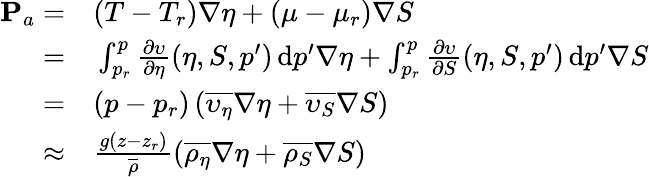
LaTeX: \begin{array}{rl}{{\mathbf P}_{a}=}&{{}(T-T_{r})\nabla\eta+(\mu-\mu_{r})\nabla S}\\ {=}&{{}\int_{p_{r}}^{p}\frac{\partial\upsilon}{\partial\eta}(\eta,S,p^{\prime})\, \mathrm{d}p^{\prime}\nabla\eta+\int_{p_{r}}^{p}\frac{\partial\upsilon}{\partial S}(\eta,S,p^{\prime})\, \mathrm{d}p^{\prime}\nabla S}\\ {=}&{{}(p-p_{r})\left(\overline{{\upsilon_{\eta}}}\nabla\eta+\overline{{\upsilon_{S}}}\nabla S\right)}\\ {\approx}&{{}\frac{g(z-z_{r})}{\overline{{\rho}}}\left(\overline{{\rho_{\eta}}}\nabla\eta+\overline{{\rho_{S}}}\nabla S\right)}\end{array}